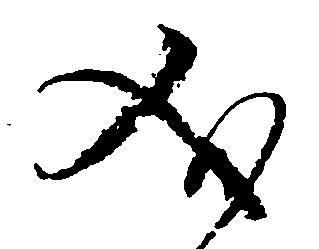
義